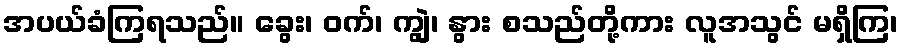
အပယ်ခံကြရသည်။ ခွေး၊ ဝက်၊ ကျွဲ၊ နွား စသည်တို့ကား လူအသွင် မရှိကြ၊